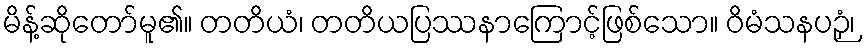
မိန့်ဆိုတော်မူ၏။ တတိယံ၊ တတိယပြဿနာကြောင့်ဖြစ်သော။ ဝိမံသနပဉှံ၊